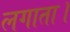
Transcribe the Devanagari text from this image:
लगाता।